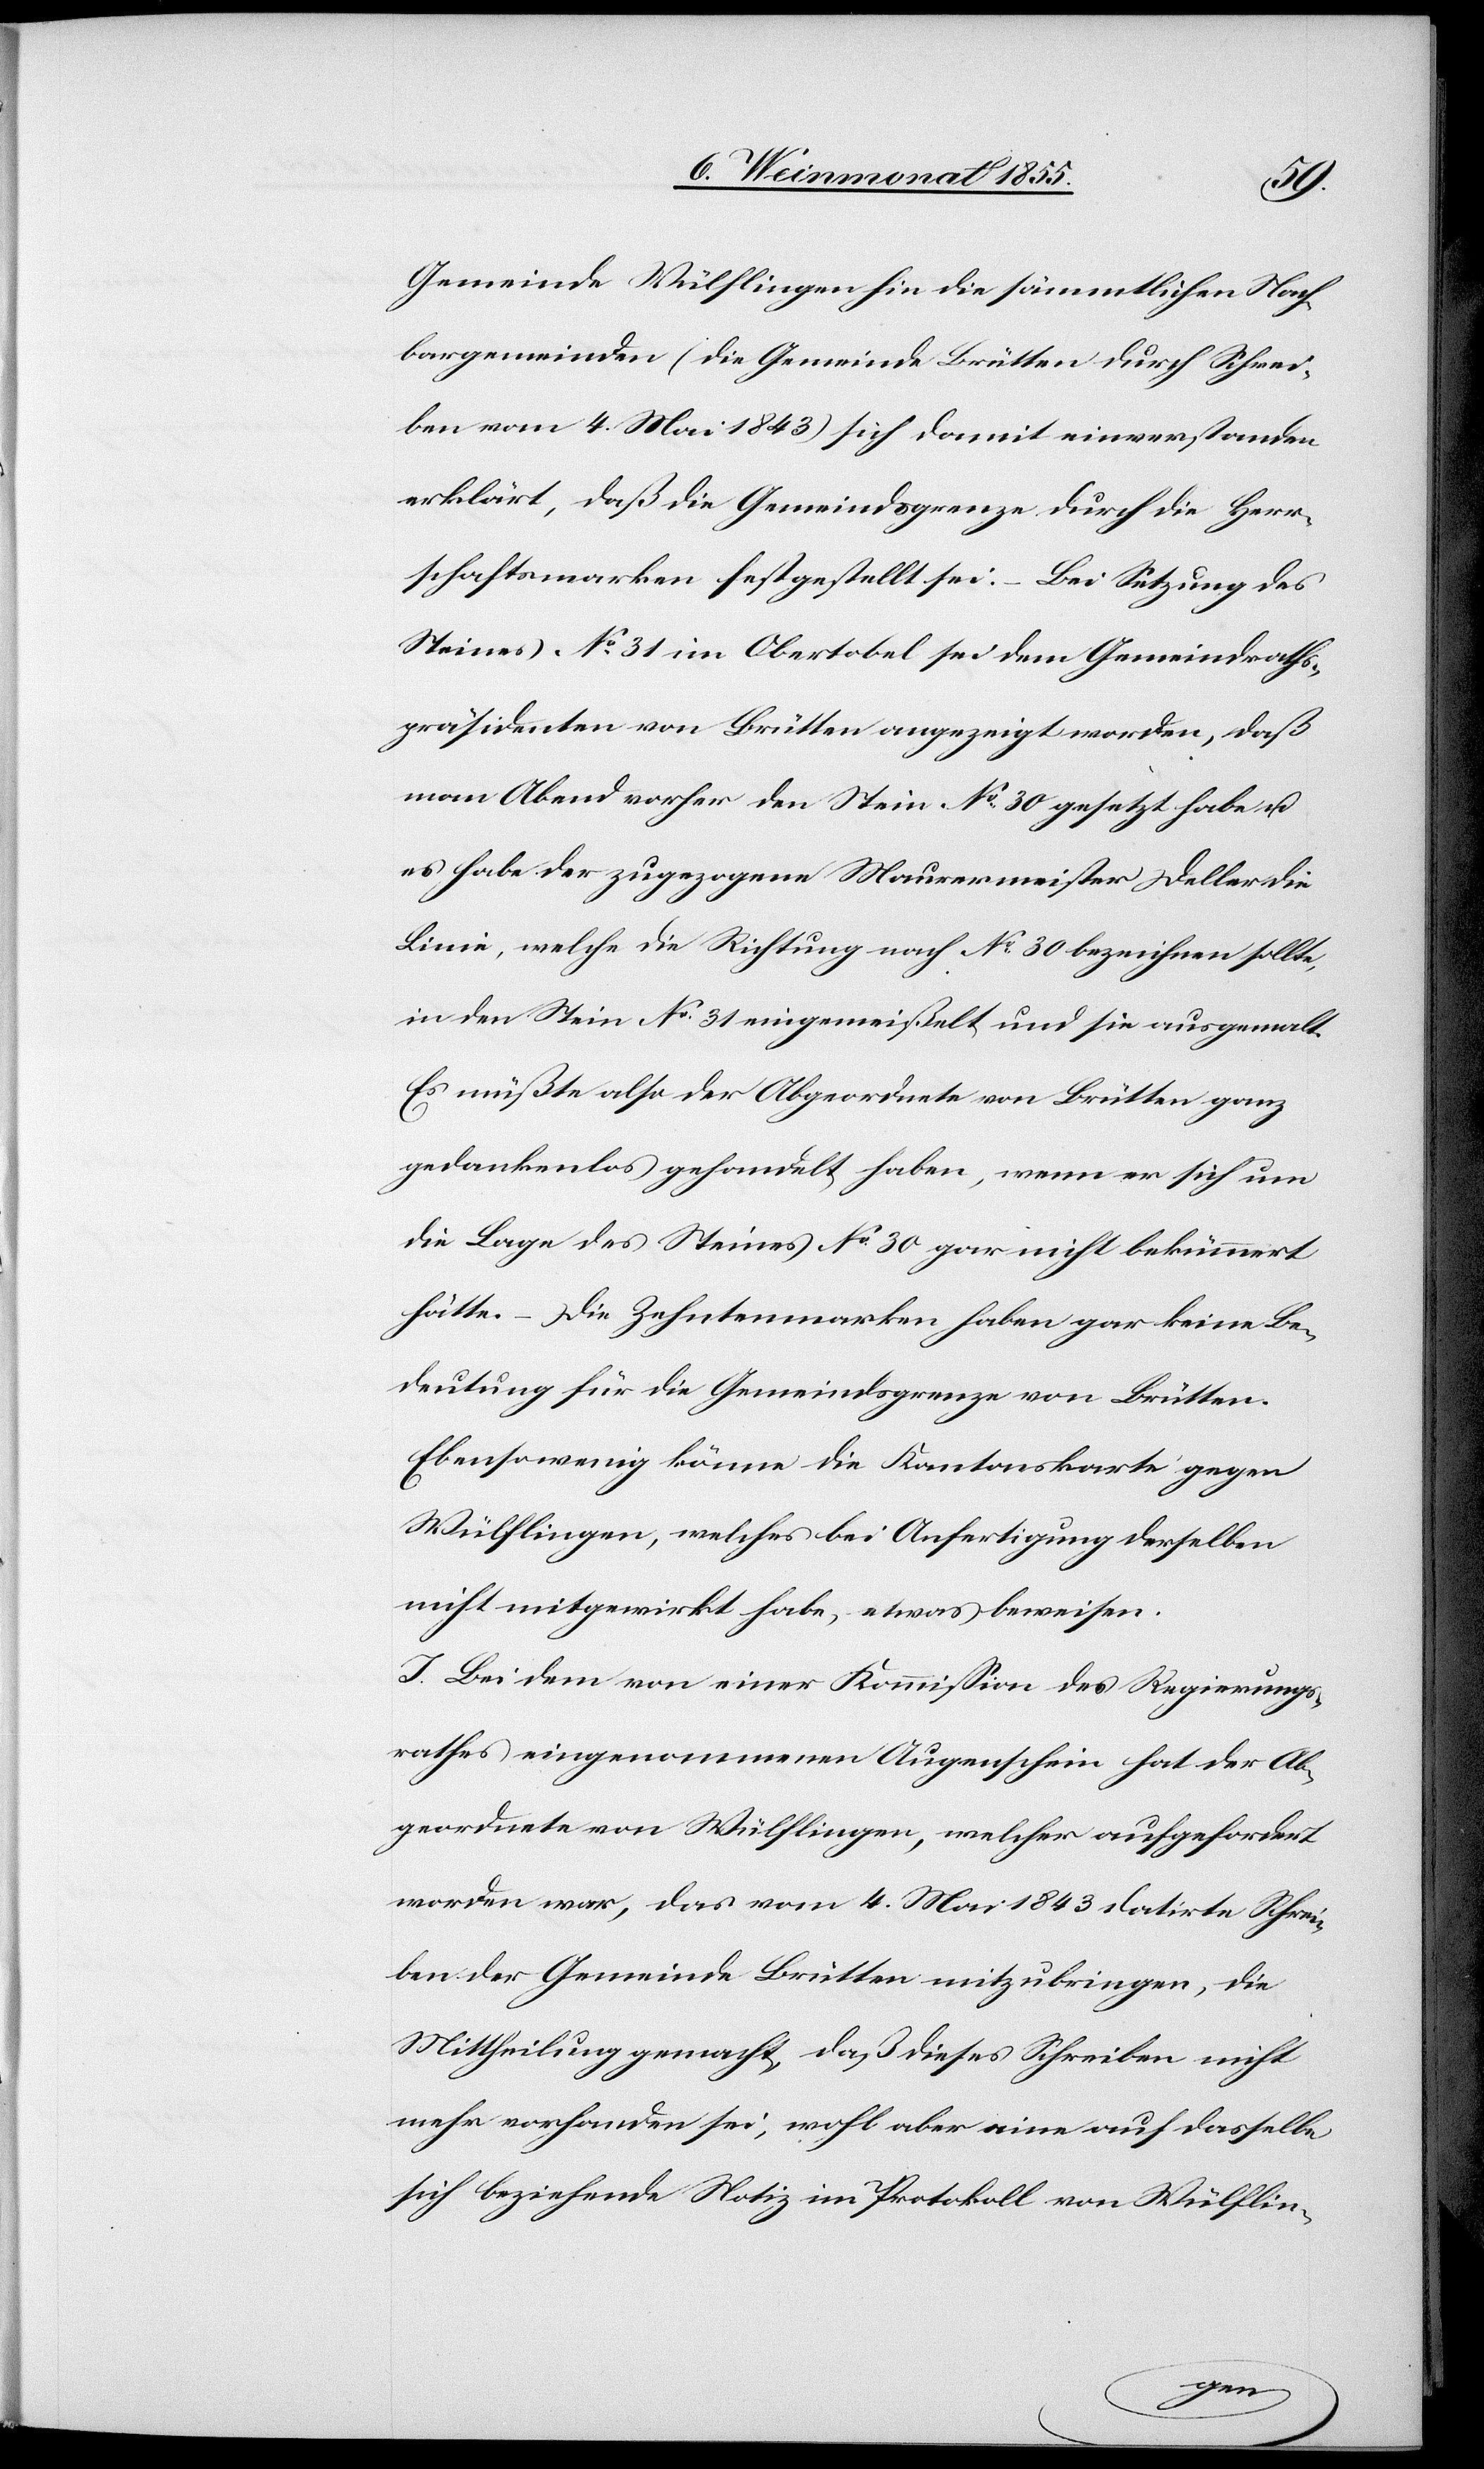
Gemeinde Wülflingen hin die sämmtlichen Nach¬
bargemeinden (die Gemeinde Brütten durch Schrei¬
ben vom 4. Mai 1843) sich damit einverstanden
erklärt, daß die Gemeindsgrenze durch die Herr¬
schaftsmarken festgestellt sei. – Bei Setzung des
Steines No 31 im Obertobel sei dem Gemeindraths¬
präsidenten von Brütten angezeigt worden, daß
man Abend vorher den Stein No 30 gesetzt habe u.
es habe der zugezogene Maurermeister Deller die
Linie, welche die Richtung nach No 30 bezeichnen sollte,
in den Stein No 31 eingemeißelt und sie ausgemalt.
Es müßte also der Abgeordnete von Brütten ganz
gedankenlos gehandelt haben, wenn er sich um
die Lage des Steines No 30 gar nicht bekümmert
hätte. – Die Zehntenmarken haben gar keine Be¬
deutung für die Gemeindsgrenze von Brütten.
Ebensowenig könne die Kantonskarte gegen
Wülflingen, welches bei Anfertigung derselben
nicht mitgewirkt habe, etwas beweisen.
I. Bei dem von einer Kommission des Regierungs¬
rathes eingenommenen Augenschein hat der Ab¬
geordnete von Wülflingen, welcher aufgefordert
worden war, das vom 4. Mai 1843 datirte Schrei¬
ben der Gemeinde Brütten mitzubringen, die
Mittheilung gemacht, daß dieses Schreiben nicht
mehr vorhanden sei, wohl aber eine auf dasselbe
sich beziehende Notiz im Protokoll von Wülflin-